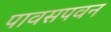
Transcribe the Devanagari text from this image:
पावसपवन